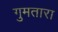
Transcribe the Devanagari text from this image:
गुमतारा